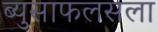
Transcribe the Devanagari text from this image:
ब्युसाफलसला